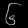
Digit: ၆